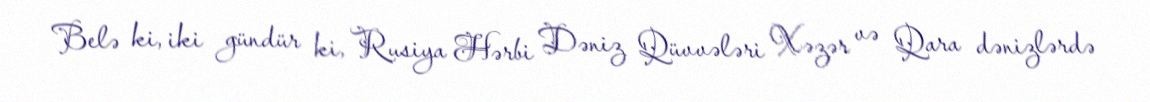
Belə ki, iki gündür ki, Rusiya Hərbi Dəniz Qüvvələri Xəzər və Qara dənizlərdə